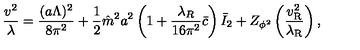
\frac { v ^ { 2 } } { \lambda } = \frac { ( a \Lambda ) ^ { 2 } } { 8 \pi ^ { 2 } } + \frac { 1 } { 2 } \hat { m } ^ { 2 } a ^ { 2 } \left( 1 + \frac { \lambda _ { R } } { 1 6 \pi ^ { 2 } } \bar { c } \right) \bar { I } _ { 2 } + Z _ { \phi ^ { 2 } } \left( \frac { v _ { \mathrm { R } } ^ { 2 } } { \lambda _ { \mathrm { R } } } \right) ,